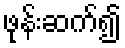
ဖုန်းဆက်၍